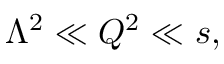
\Lambda ^ { 2 } \ll Q ^ { 2 } \ll s ,